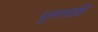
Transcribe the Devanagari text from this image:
धूसरदृष्टि